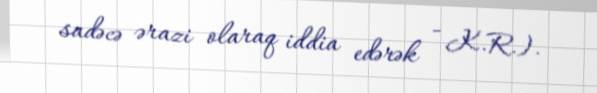
sadəcə ərazi olaraq iddia edərək - K.R.).